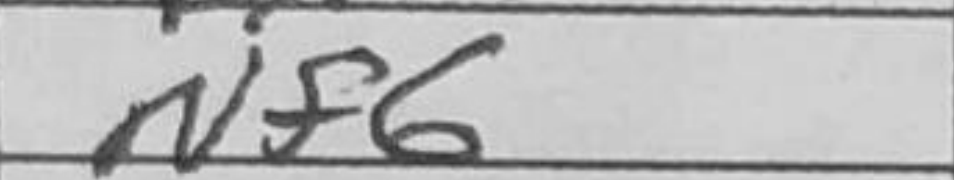
Transcription: Nf6